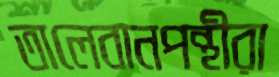
তালেবানপন্থীরা